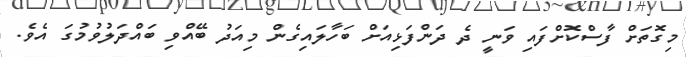
މިގޮތަށް ފާސްކޮށްފައި ވަނީ ދެ ދަންފަޅިއަށް ބަހާލައިގެން މިއަދު ބޭއްވި ބައްދަލުވުމުގަ އެވެ.